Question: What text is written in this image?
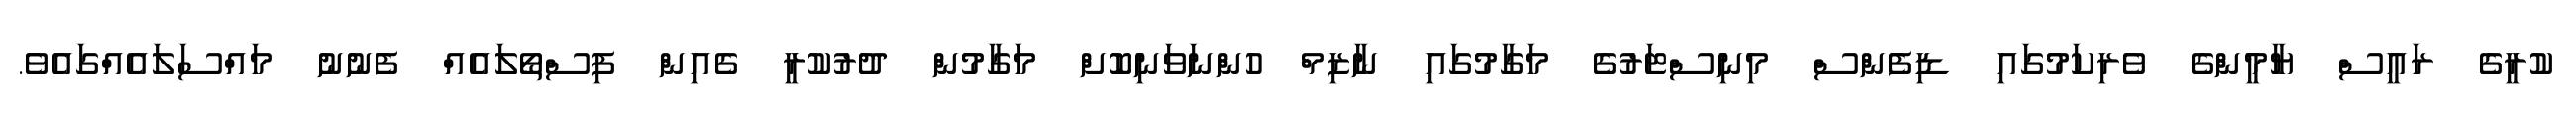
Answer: ކުރީގެ ރައީސް ޔާމީންގެ ވެރިކަމުގައި ޑިފެންސް މިނިސްޓަރުގެ މަގާމުގައި ނާޒިމް ހުންނަވަނިކޮށް މަގާމުން ދުރުކުރީ ގެއިން ފިސްތޯލައެއް ފެނުނު މައްސަލައެއްގައެވެ.